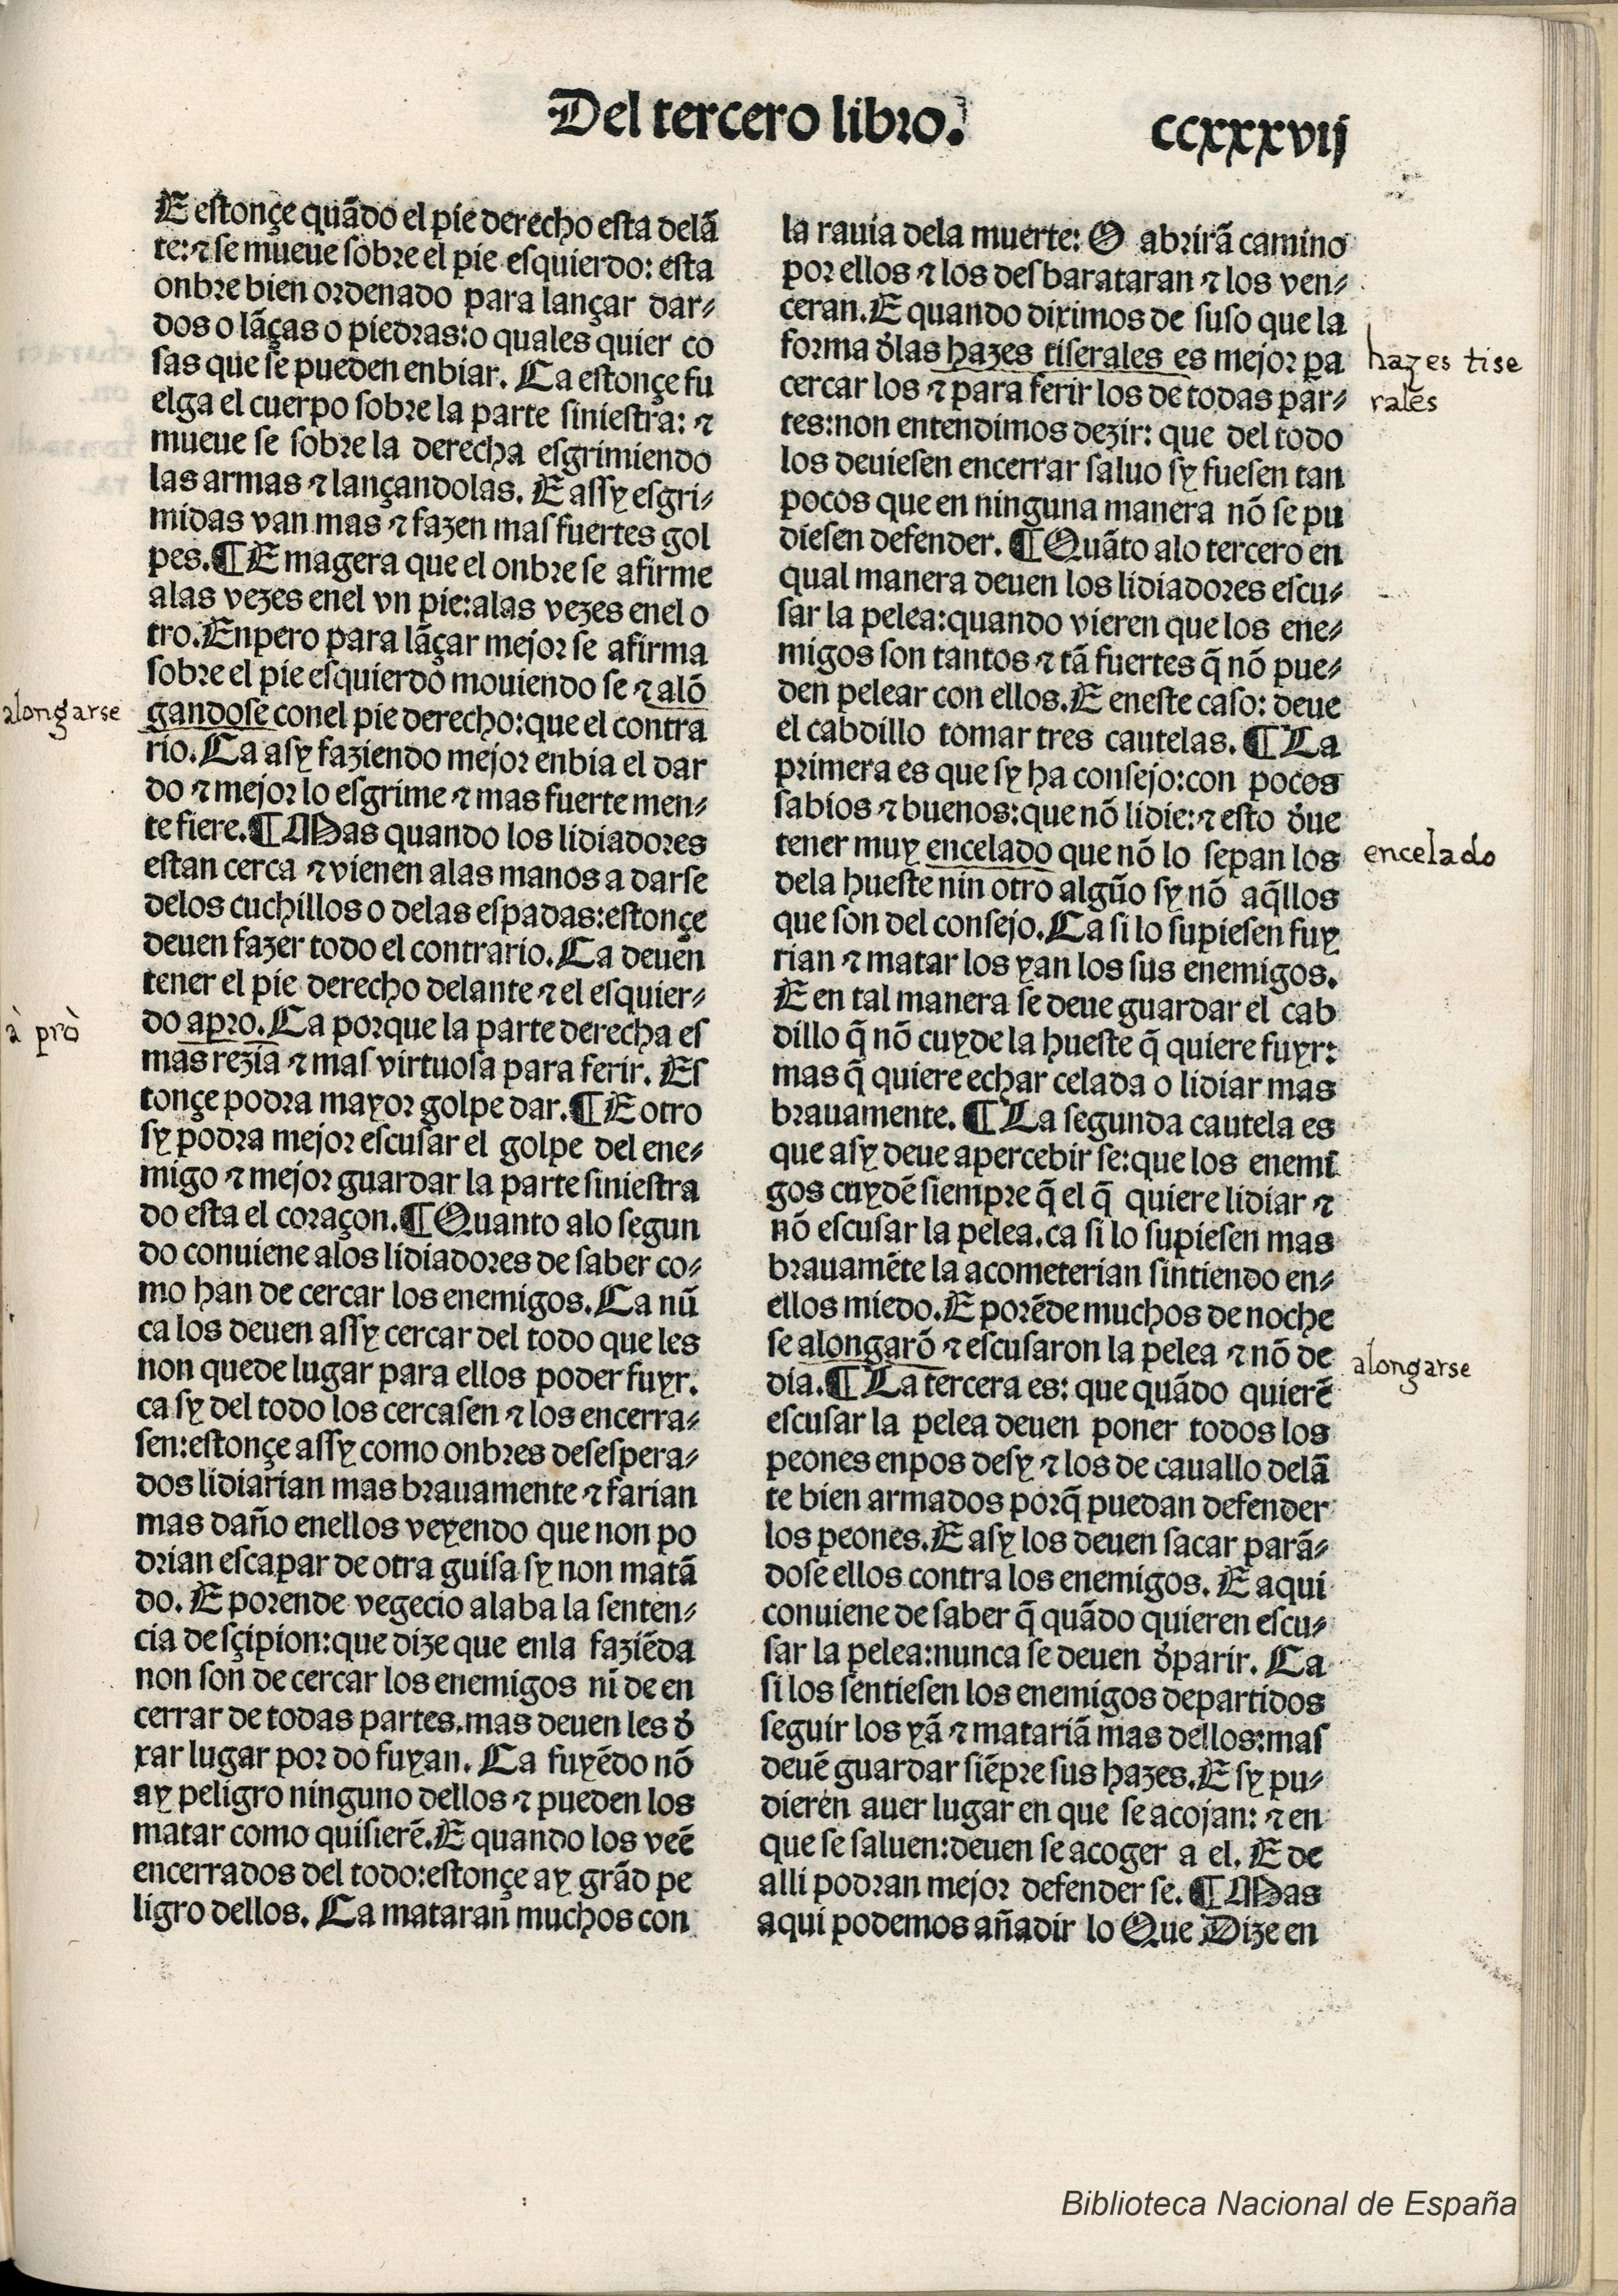
Shelfmark: Madrid, BNE, Inc. 901
Century: 15